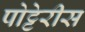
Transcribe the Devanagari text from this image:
पोट्टेरीस